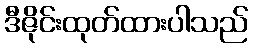
ဒီဇိုင်းထုတ်ထားပါသည်